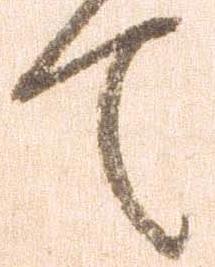
て